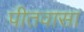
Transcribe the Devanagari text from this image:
पीतवासा